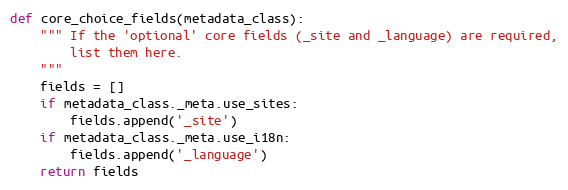
Language: Python
def core_choice_fields(metadata_class):
    """ If the 'optional' core fields (_site and _language) are required,
        list them here.
    """
    fields = []
    if metadata_class._meta.use_sites:
        fields.append('_site')
    if metadata_class._meta.use_i18n:
        fields.append('_language')
    return fields